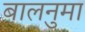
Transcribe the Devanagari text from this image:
बालनुमा